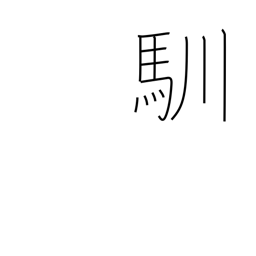
Meaning: get used to